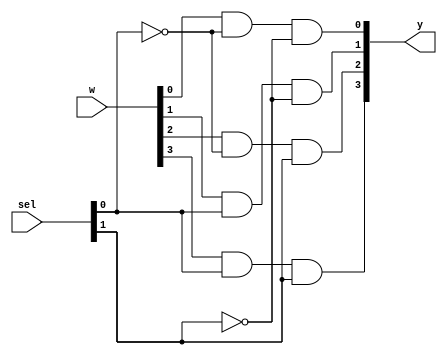
/*--  *******************************************************
--  Computer Architecture Course, Laboratory Sources 
--  Amirkabir University of Technology (Tehran Polytechnic)
--  Department of Computer Engineering (CE-AUT)
--  https://ce[dot]aut[dot]ac[dot]ir
--  *******************************************************
--  All Rights reserved (C) 2019-2020
--  *******************************************************
--  Student ID  : 9931004, 9831029
--  Student Name: Esmaili, Rezvanian
--  Student Mail: 
--  *******************************************************
--  Additional Comments:
--
--*/

/*-----------------------------------------------------------
---  Module Name: Multiplexer 4 to 1
---  Description: Lab 05 Part 1
-----------------------------------------------------------*/
`timescale 1 ns/1 ns

module multiplexer4x1 (
	input [3:0] w ,
	input [1:0]	sel ,
	output [3:0] y
);
	/* write your code here */
	wire notSel1,notSel2;
	
	not(notSel1,sel[0]);
	not(notSel2,sel[1]);
	
	and (y[0],w[0],notSel1,notSel2);
	and (y[1],w[1],sel[0],notSel2);
	and (y[2],w[2],notSel1,sel[1]);
	and (y[3],w[3],sel[0],sel[1]);
	/* write your code here */
	
endmodule